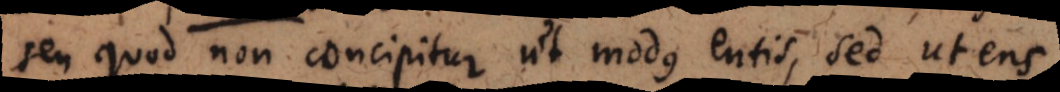
seu quod non concipitur ut modus entis, sed ut ens